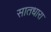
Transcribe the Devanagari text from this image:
सातधारा